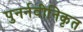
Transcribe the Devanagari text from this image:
पुनर्नवीनिकृत